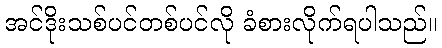
အင်ဒိုးသစ်ပင်တစ်ပင်လို ခံစားလိုက်ရပါသည်။